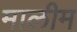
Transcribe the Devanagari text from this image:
मालीम